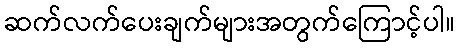
ဆက်လက်ပေးချက်များအတွက်ကြောင့်ပါ။